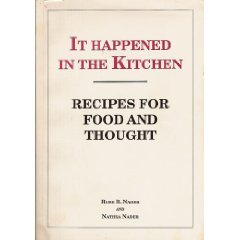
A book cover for It Happened in the Kitchen: Recipes for Food and Thought; Rose B. Nader; Cookbooks, Food & Wine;